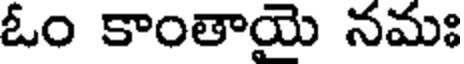
ఓం కాంతాయై నమః